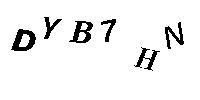
DYB7HN